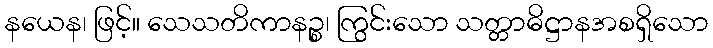
နယေန၊ ဖြင့်။ သေသတိကာနဉ္စ၊ ကြွင်းသော သတ္တာဓိဋ္ဌာနအစရှိသော